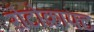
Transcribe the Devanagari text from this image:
रोटोक्राफ्ट